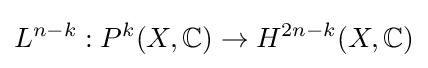
L^{n-k}:P^{k}(X,\mathbb {C} )\to H^{2n-k}(X,\mathbb {C} )